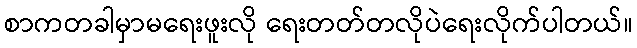
စာကတခါမှာမရေးဖူးလို ရေးတတ်တလိုပဲရေးလိုက်ပါတယ်။